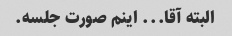
البته آقا... اینم صورت جلسه.